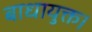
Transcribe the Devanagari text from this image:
बाधायुक्त।